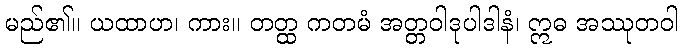
မည်၏။ ယထာဟ၊ ကား။ တတ္ထ ကတမံ အတ္တဝါဒုပါဒါနံ၊ ဣဓ အဿုတဝါ